Document type: Sale
Year: 1435
Scribe: Pere Soler
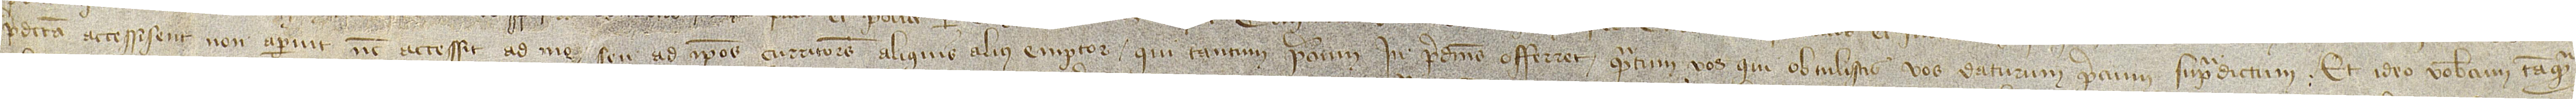
predicta accessissent, non aparuit nec accessit ad me seu ad ipsos curritores aliquis alius emptor qui tantum precium in predictis offerret quantum vos qui obtulistis, vos daturum precium supradictum. Et ideo vobiscum tanquam